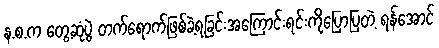
န.စ.က တွေ့ဆုံပွဲ တက်ရောက်ဖြစ်ခဲ့ရခြင်းအကြောင်းရင်းကိုပြောပြတဲ့ ရန်အောင်